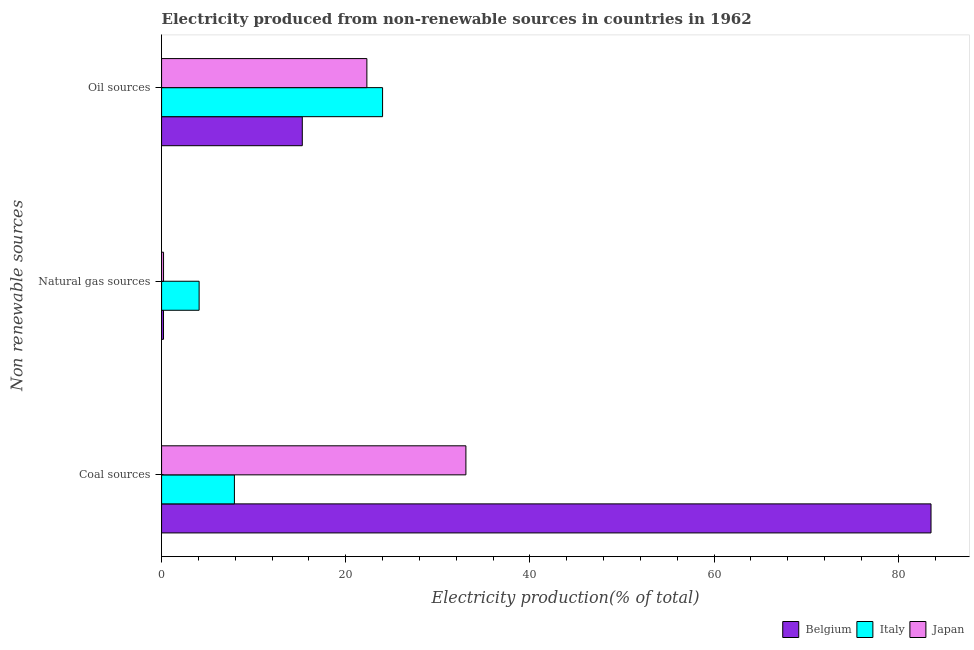
| Non renewable sources | Belgium | Italy | Japan |
 | --- | --- | --- | --- |
 | Coal sources | 83.6 | 7.91 | 33 |
 | Natural gas sources | 0.211 | 4.08 | 0.214 |
 | Oil sources | 15.3 | 24 | 22.3 |